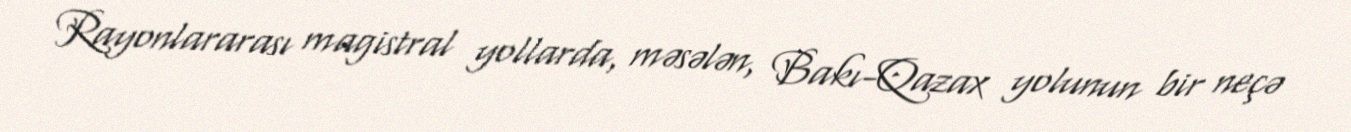
Rayonlararası magistral yollarda, məsələn, Bakı-Qazax yolunun bir neçə